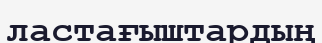
ластағыштардың